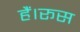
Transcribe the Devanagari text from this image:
हैं।रूस